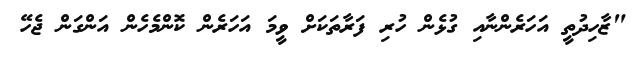
"ޒާހިދުތީ އަހަރެންނާއި ގުޅެން ހުރި ފަރާތަކަށް ވީމަ އަހަރެން ކޮންމެހެން އަންގަން ޖެހޭ